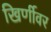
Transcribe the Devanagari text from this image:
खिर्णीवर